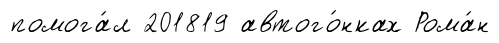
помога́л 201819 автого́нках Рома́н